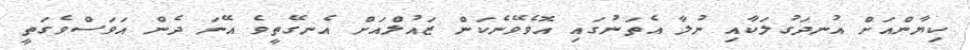
ކިޔާންއަށް އުނދަގުލަކާއި ނުލާ އެތަނުގައި އޮވެވޭނެކަން ޒައުލްއަށް އެނގޭތީވެ އޭނަ ދެން އަވަސްވެގަތީ